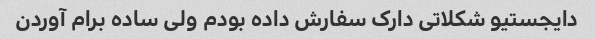
دایجستیو شکلاتی دارک سفارش داده بودم ولی ساده برام آوردن